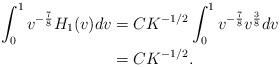
LaTeX: \begin{align*} \int_{0}^{1}v^{-\frac{7}{8}}H_1(v)dv &= CK^{-1/2}\int_{0}^{1}v^{-\frac{7}{8}}v^{\frac{3 }{8}}dv \\&= CK^{-1/2}.\end{align*}